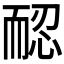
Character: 𦓖